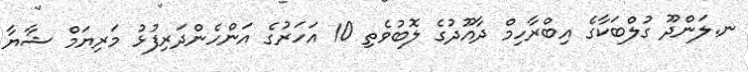
ނ.ލަންދޫ ގުލްބަކާގެ އިބްރާހިމް ދާއޫދުގެ ލޮބުވެތި 10 އަހަރުގެ އަންހެންދަރިފުޅު މަރިޔަމް ޝާޔާ